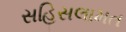
સહિસલામત